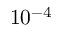
1 0 ^ { - 4 }